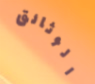
الوثائق